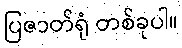
ပြဇာတ်ရုံ တစ်ခုပါ။